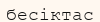
бесіктас